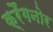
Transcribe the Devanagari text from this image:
क्रैंगनोर